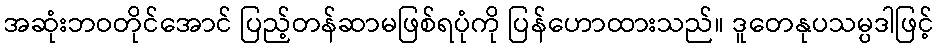
အဆုံးဘဝတိုင်အောင် ပြည့်တန်ဆာမဖြစ်ရပုံကို ပြန်ဟောထားသည်။ ဒူတေနုပသမ္ပဒါဖြင့်